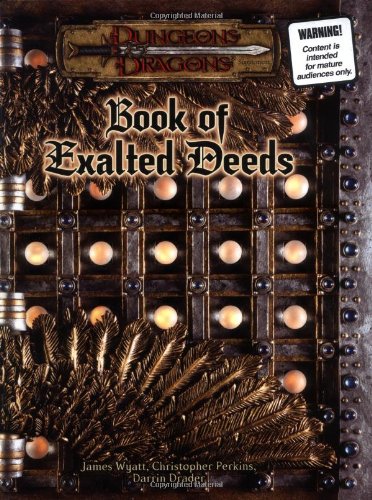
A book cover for Book of Exalted Deeds (Dungeons & Dragons d20 3.5 Fantasy Roleplaying Supplement); James Wyatt; Science Fiction & Fantasy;